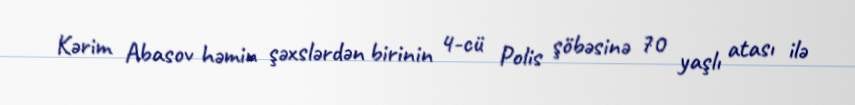
Kərim Abasov həmin şəxslərdən birinin 4-cü Polis şöbəsinə 70 yaşlı atası ilə